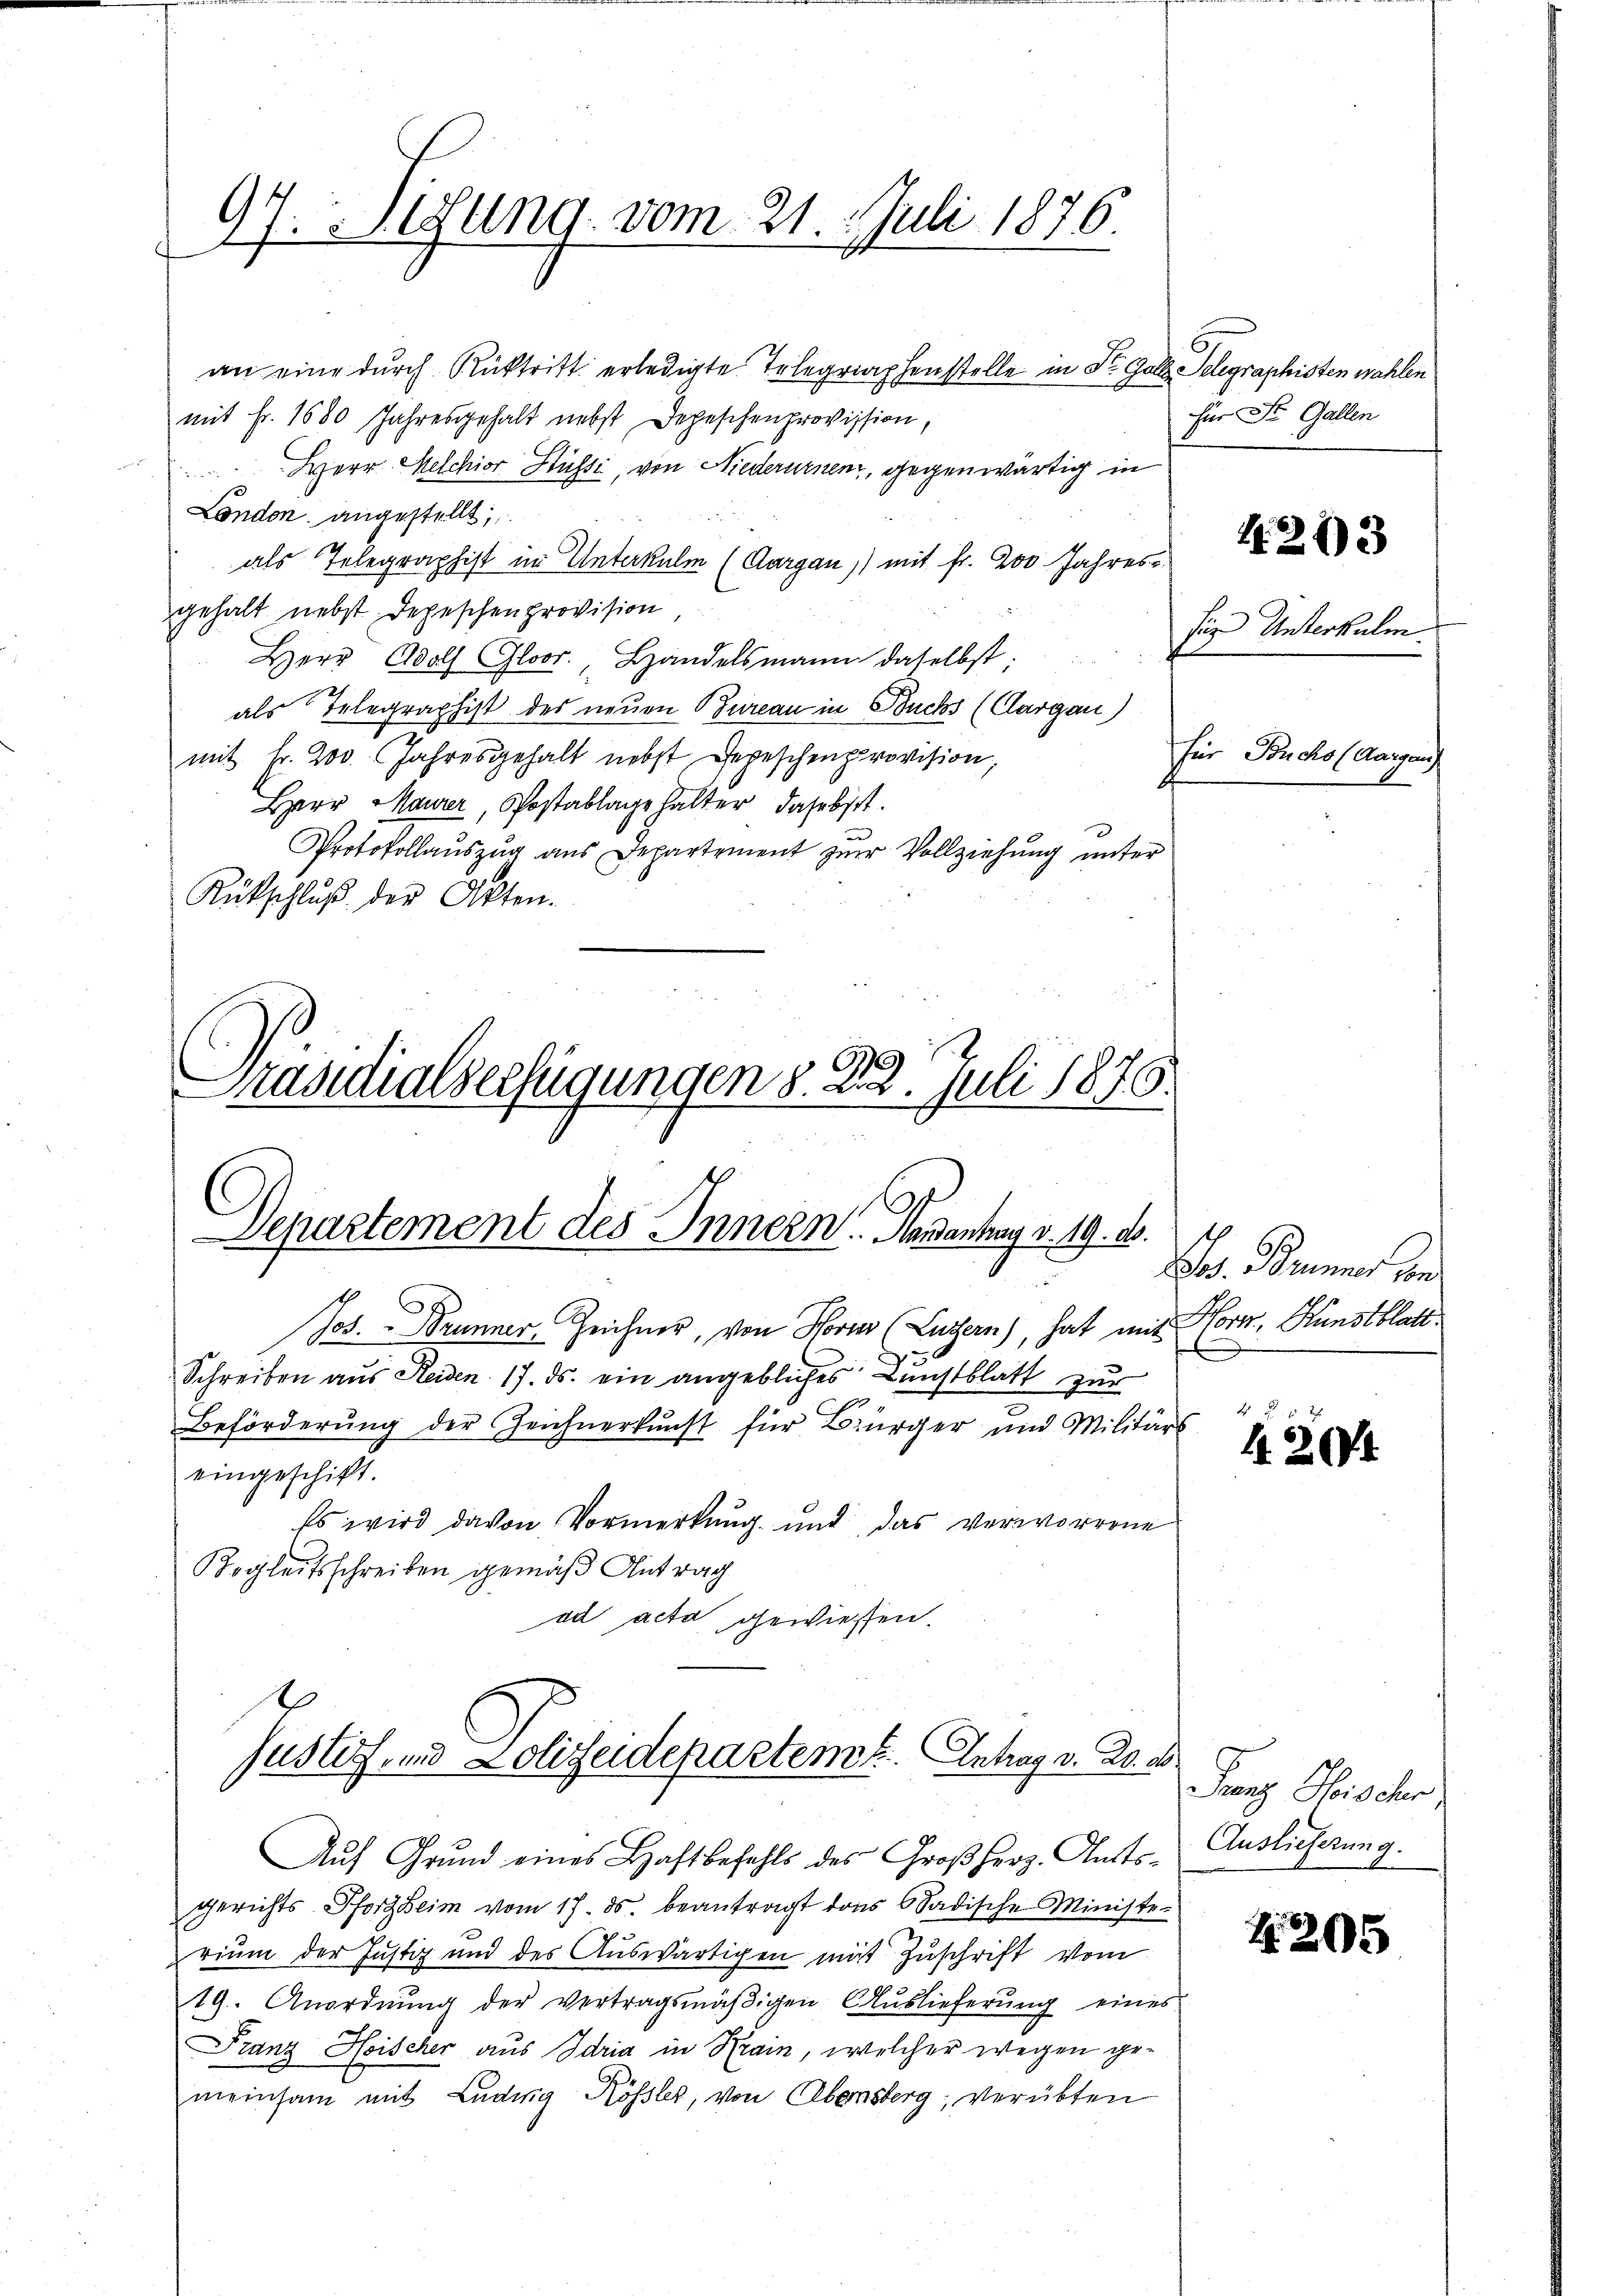
97. Sigung vom 21. Juli 1876.

Departement des Innern. Mandantrag v. 19. d.

an eine durch Rücktritt erledigte Telegraphenstelle in St. Go
mit Fr. 1680 Jahresgehalt nebst Depeschenprovission,
Herr Melchior Stüssi, von Niederurnen, gegenwärtig in
London angestellt,
als Telegraphist in Unterkulm (Aargau) mit Fr. 200 Jahres
gehalt nebst Depeschen provision
Herr Adolf Gloor., Handelsmann daselbst:
21
als Telegraphist des neuen Bureau in Buchs (Aargau)
mit Fr. 200. Jahresgehalt nebst Depeschenprovision,
Herr Maurer, Postablage halter daselst
Protokollaŭszŭg ans Departement zŭr Vollziehung unter
Rückschlŭβ der Akten.
.
Präsidialserfügungen §. 28. Juli 1876.

Justiz- und Lolizeidepartemt. Antrag v. 20. e

Jos. Brunner, Zeichner, von Horn (Luzern), hat mit Horw, Kunstblatt
Schreiben aus Heiden 17. ds. ein angebliches Kunstblatt zur
Beförderung der Zeichnerkunft für Bürger und Militärs
eingeschickt.
Es wird davon Vormerkung und das verworrene
Begleitsschreiben gemäß Antrag
ad acta gewiesen.

Auf Grund eines Haftbefehls des Großherz. Amtsgerichts Pforzheim vom 17. ds beantragt dans badische Ministerium der Justiz und des Auswärtigen mit Zuschrift vom
19. Anordnŭng der vertragsmäβigen Aŭslieferŭng eines
Franz Hoischer aus Idria in Krain, welcher wegen gemeinsam mit Ludwig Kössler, von Abensberg; verübten

l. Telegraphisten wahlen.
für St. Gallen

4213

für Unterkulm

für Buchs (Aargau)

halten einer

4204

Franz Obris der
Auslieferung.

Z. 205